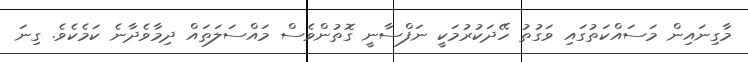
މާގިނައިން މަސައްކަތުގައި ވަގުތު ހޭދަކުރުމަކީ ނަފްސާނީ ގޮތުންވެސް މައްސަލަތައް ދިމާވެދާނެ ކަމެކެވެ. ގިނަ